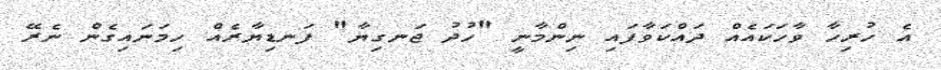
އެ ހުރިހާ ވާހަކައެއް ދައްކަވާފައި ނިންމާނީ "ހުދު ޖަނގިޔާ" ފަނޑިޔާރެއް ހިމަނައިގެން ނެރޭ